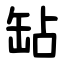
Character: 䍄